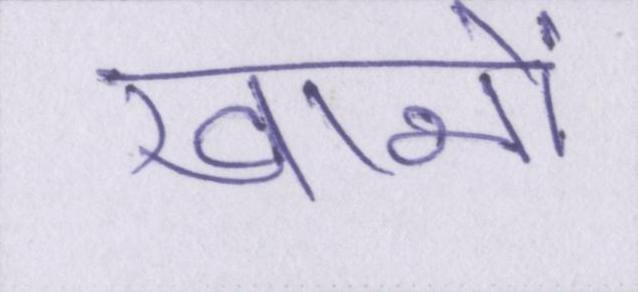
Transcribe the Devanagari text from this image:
खानों